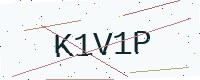
Text: K1V1P